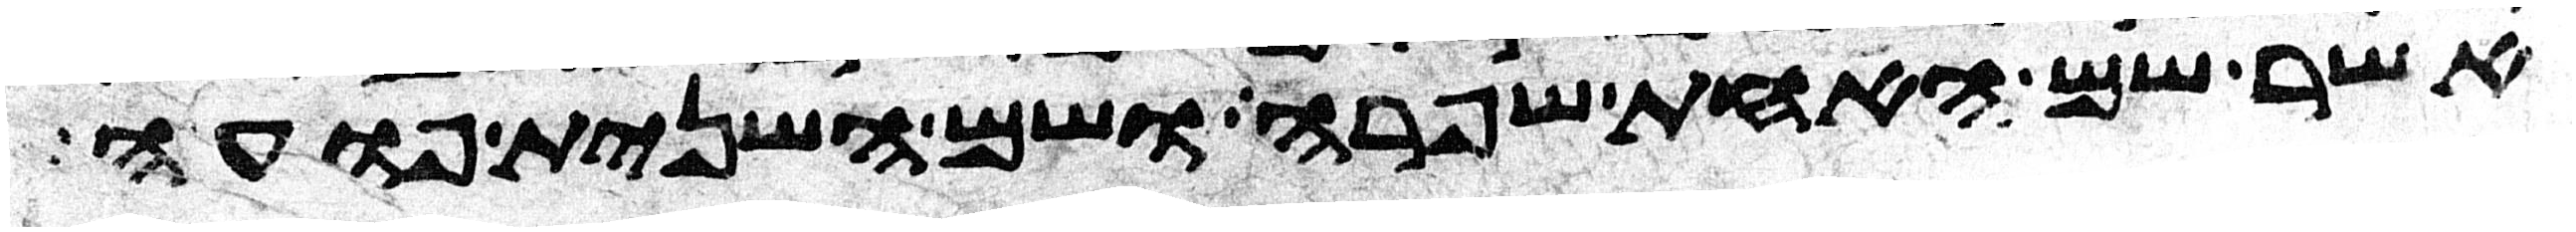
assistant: אשר שם האחת שפרה ושם השנית פועה